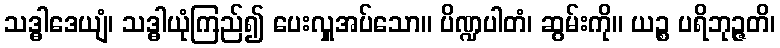
သဒ္ဓါဒေယျံ၊ သဒ္ဓါယုံကြည်၍ ပေးလှူအပ်သော။ ပိဏ္ဍပါတံ၊ ဆွမ်းကို။ ယဉ္စ ပရိဘုဉ္ဇတိ၊